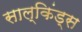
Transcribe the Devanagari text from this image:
साल्किंड्स